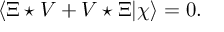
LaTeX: \langle \Xi \star V + V \star \Xi | \chi \rangle = 0 .